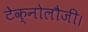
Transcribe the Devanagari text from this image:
टेक्नोलौजी।